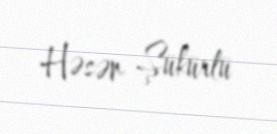
Həsən Şükürlü